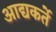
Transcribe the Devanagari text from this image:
आद्यकर्ते